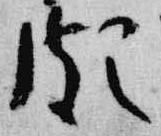
頗